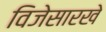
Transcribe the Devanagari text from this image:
विजेसारखे